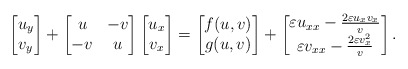
\begin{align*}\begin{bmatrix} u_y\\ v_y \end{bmatrix}+\begin{bmatrix} u & -v\\ -v & u \end{bmatrix}\begin{bmatrix} u_x \\ v_x\end{bmatrix}=\begin{bmatrix} f(u,v)\\ g(u,v) \end{bmatrix}+\begin{bmatrix} \varepsilon u_{xx}-\frac{2\varepsilon u_xv_x}{v}\\\varepsilon v_{xx}-\frac{2\varepsilon v_x^2}{v} \end{bmatrix}.\end{align*}